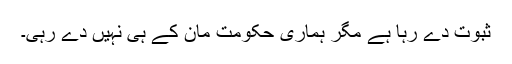
ثبوت دے رہا ہے مگر ہماری حکومت مان کے ہی نہیں دے رہی۔